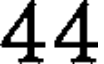
44